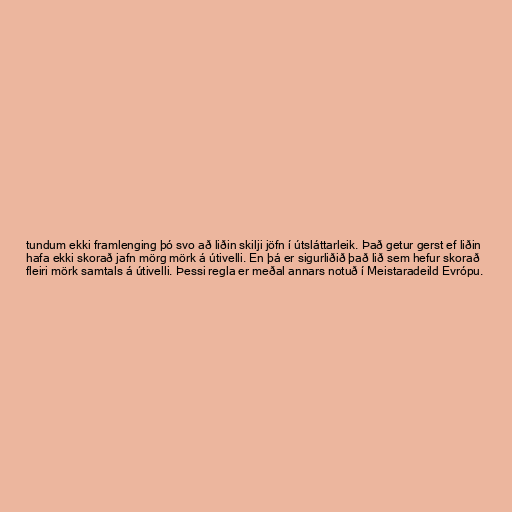
tundum ekki framlenging þó svo að liðin skilji jöfn í útsláttarleik. Það getur gerst ef liðin
hafa ekki skorað jafn mörg mörk á útivelli. En þá er sigurliðið það lið sem hefur skorað
fleiri mörk samtals á útivelli. Þessi regla er meðal annars notuð í Meistaradeild Evrópu.